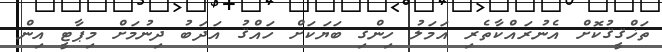
ތަޚްޤީޤުކޮށް އެނުރައްކާތެރި އަމަލު ހިންގި ބަޔަކަށް ހައްޤު އަދަބު ދިނުމަށް މިޕާޓީ އިން